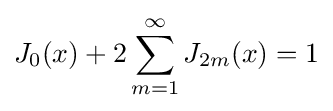
J_{0}(x)+2\sum _{m=1}^{\infty }J_{2m}(x)=1